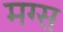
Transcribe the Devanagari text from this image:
मग्स